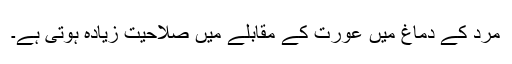
مرد کے دماغ میں عورت کے مقابلے میں صلاحیت زیادہ ہوتی ہے۔